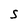
Character: S